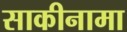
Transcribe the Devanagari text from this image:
साकीनामा